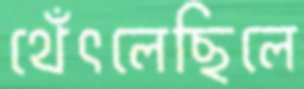
থেঁৎলেছিলে